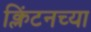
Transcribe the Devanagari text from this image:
क्लिंटनच्या